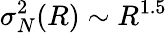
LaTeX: \sigma_{N}^{2}(R)\sim R^{1.5}